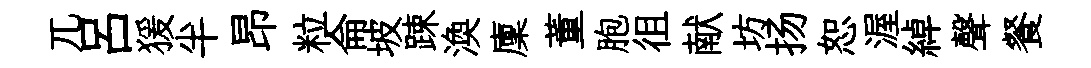
兀吕猨半昂粒侖坡踈渙廩董胞徂献坊扬恕渥綽聲餐